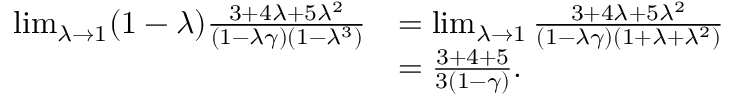
\begin{array} { r l } { \operatorname* { l i m } _ { \lambda \to 1 } ( 1 - \lambda ) \frac { 3 + 4 \lambda + 5 \lambda ^ { 2 } } { ( 1 - \lambda \gamma ) ( 1 - \lambda ^ { 3 } ) } } & { = \operatorname* { l i m } _ { \lambda \to 1 } \frac { 3 + 4 \lambda + 5 \lambda ^ { 2 } } { ( 1 - \lambda \gamma ) ( 1 + \lambda + \lambda ^ { 2 } ) } } \\ & { = \frac { 3 + 4 + 5 } { 3 ( 1 - \gamma ) } . } \end{array}